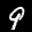
Label: 9